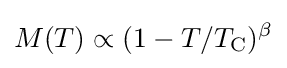
M(T)\propto (1-T/T_{\text{C}})^{\beta }